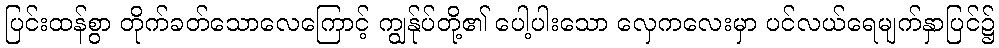
ပြင်းထန်စွာ တိုက်ခတ်သောလေကြောင့် ကျွန်ုပ်တို့၏ ပေါ့ပါးသော လှေကလေးမှာ ပင်လယ်ရေမျက်နှာပြင်၌